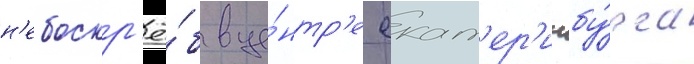
н'ебоскр'ё́б в це́нтр'е екат'ер'инбу́рга